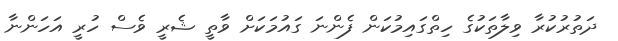
ދަތުރުކުރާ ވިލާތަކުގެ ހިތްގައިމުކަން ފެންނަ ގައުމަކަށް ވާތީ ޝެރީ ވެސް ހުރީ އަހަންނާ